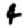
Digit: 4